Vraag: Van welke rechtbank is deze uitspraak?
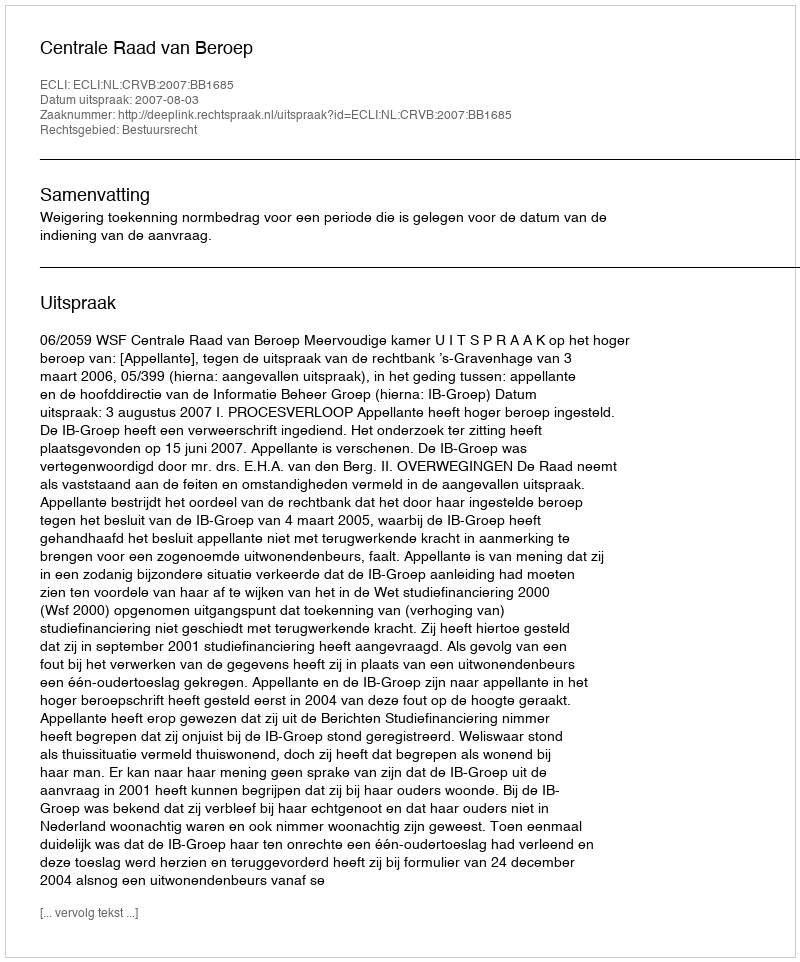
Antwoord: Centrale Raad van Beroep